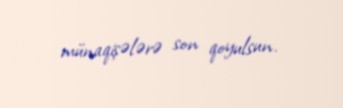
münaqişələrə son qoyulsun.